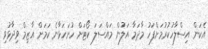
އެކަން އިސްލާހުކުރުމަށްފަހު މާދަމާ އަލުން މައްސަލަ ކޯޓަށް ހުށަހަޅާނެ ކަމަށް އާޒިމް ވިދާޅުވި